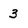
Character: 3